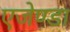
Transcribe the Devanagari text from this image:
एजेण्‍डा